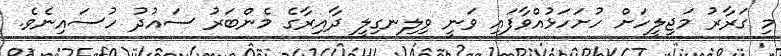
މި ގަރާރު މަޖިލީހަށް ހުށަހަޅުއްވާފައި ވަނީ ވިލިނގިލީ ދާއިރާގެ މެންބަރު ސައުދު ހުސައިނެވެ.